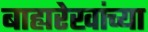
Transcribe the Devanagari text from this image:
बाह्यरेखांच्या